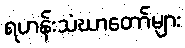
ရဟန်းသံဃာတော်များ